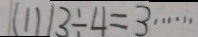
( 1 ) 1 3 \div 4 = 3 \cdots